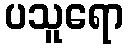
ပသူရော